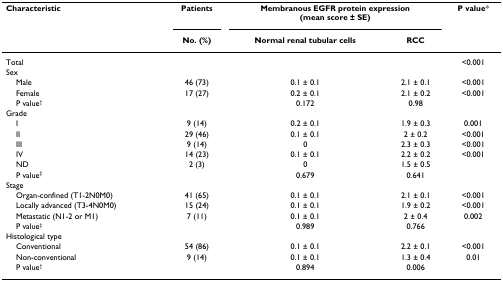
| Characteristic | Patients | <COLSPAN=2> Membranous EGFR protein expression(mean score ± SE) | P value* |
 |  | No. (%) | Normal renal tubular cells | RCC |  |
 | --- | --- | --- | --- | --- |
 | Total |  |  |  | <0.001 |
 | Sex |  |  |  |  |
 | Male | 46 (73) | 0.1 ± 0.1 | 2.1 ± 0.1 | <0.001 |
 | Female | 17 (27) | 0.2 ± 0.1 | 2.1 ± 0.2 | <0.001 |
 | P value† |  | 0.172 | 0.98 |  |
 | Grade |  |  |  |  |
 | I | 9 (14) | 0.2 ± 0.1 | 1.9 ± 0.3 | 0.001 |
 | II | 29 (46) | 0.1 ± 0.1 | 2 ± 0.2 | <0.001 |
 | III | 9 (14) | 0 | 2.3 ± 0.3 | <0.001 |
 | IV | 14 (23) | 0.1 ± 0.1 | 2.2 ± 0.2 | <0.001 |
 | ND | 2 (3) | 0 | 1.5 ± 0.5 |  |
 | P value‡ |  | 0.679 | 0.641 |  |
 | Stage |  |  |  |  |
 | Organ-confined (T1-2N0M0) | 41 (65) | 0.1 ± 0.1 | 2.1 ± 0.1 | <0.001 |
 | Locally advanced (T3-4N0M0) | 15 (24) | 0.1 ± 0.1 | 1.9 ± 0.2 | <0.001 |
 | Metastatic (N1-2 or M1) | 7 (11) | 0.1 ± 0.1 | 2 ± 0.4 | 0.002 |
 | P value‡ |  | 0.989 | 0.766 |  |
 | Histological type |  |  |  |  |
 | Conventional | 54 (86) | 0.1 ± 0.1 | 2.2 ± 0.1 | <0.001 |
 | Non-conventional | 9 (14) | 0.1 ± 0.1 | 1.3 ± 0.4 | 0.01 |
 | P value† |  | 0.894 | 0.006 |  |